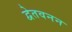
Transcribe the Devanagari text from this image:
द्वेतवनन